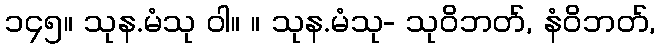
၁၄၅။ သုန.မံသု ဝါ။ ။ သုန.မံသု- သုဝိဘတ်, နံဝိဘတ်,